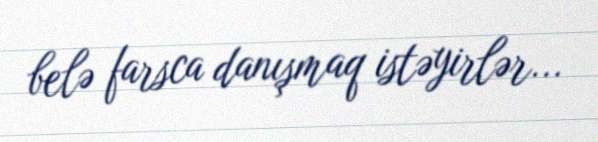
belə farsca danışmaq istəyirlər...